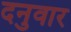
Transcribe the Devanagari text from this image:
दनुवार